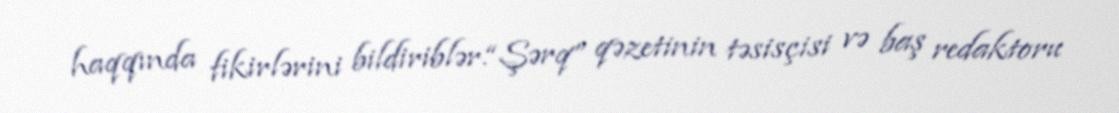
haqqında fikirlərini bildiriblər.“Şərq” qəzetinin təsisçisi və baş redaktoru